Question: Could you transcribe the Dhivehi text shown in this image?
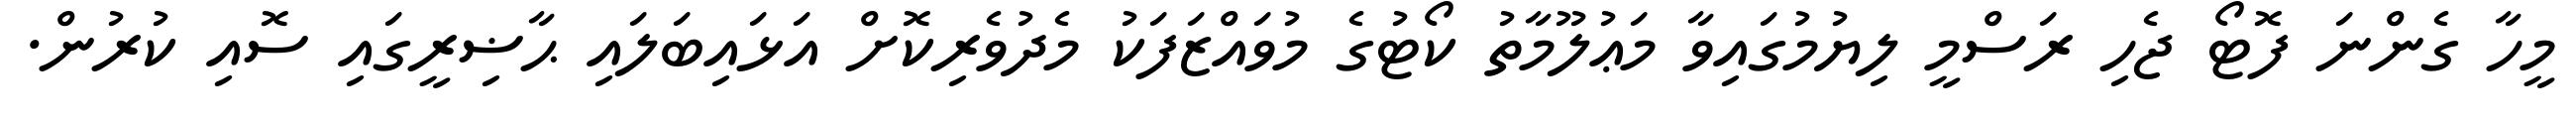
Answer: މީހާ ގެންނަ ފޮޓޯ ޖެހި ރަސްމީ ލިޔުމުގައިވާ މަޢުލޫމާތު ކޯޓުގެ މުވައްޒަފަކު މެދުވެރިކޮށް އަޅައިބަލައި ޙާޟިރީގައި ސޮއި ކުރުން.